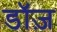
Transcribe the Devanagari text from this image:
डॉज़